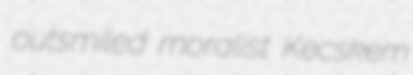
outsmiled moralist Kecskem